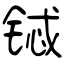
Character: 铽